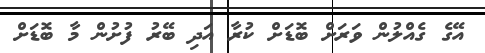
އޭގެ ގެއްލުން ވަރަށް ބޮޑަށް ކުރާ އަދި ބޭރު ފުށުން މާ ބޮޑަށް